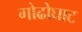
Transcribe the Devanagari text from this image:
गोढोघाट